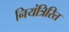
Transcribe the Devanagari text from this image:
नियंत्रिरित